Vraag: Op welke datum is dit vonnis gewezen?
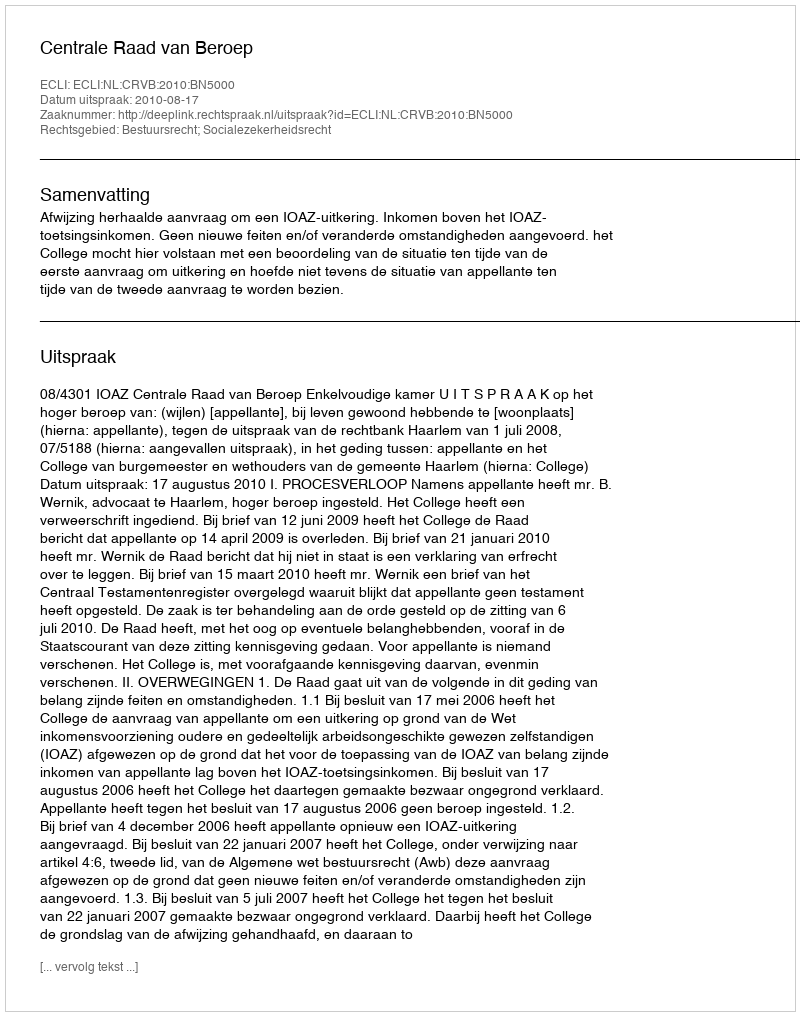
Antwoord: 2010-08-17